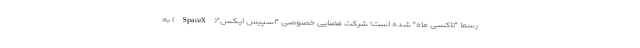
رسماً "تاکسی ماه" شده است! شرکت فضایی خصوصی "اسپیس ایکس"(SpaceX) به